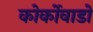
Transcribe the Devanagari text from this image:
कोर्कोवाडो